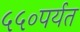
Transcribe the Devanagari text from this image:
५५०पर्यत